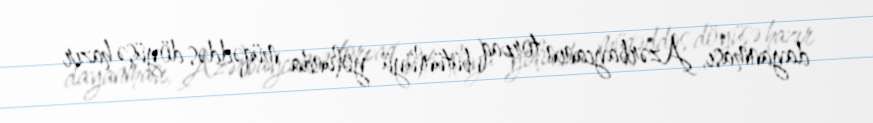
dayanması, Azərbaycanın torpaq bütünlüyü yolunda müqəddəs döyüşə hazır